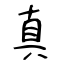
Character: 真